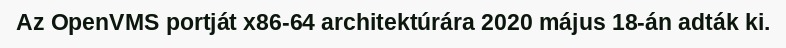
Az OpenVMS portját x86-64 architektúrára 2020 május 18-án adták ki.